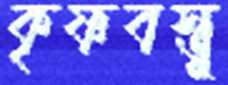
কৃষ্ণবস্তু